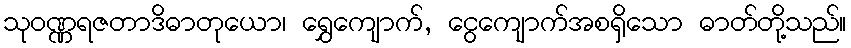
သုဝဏ္ဏရဇတာဒိဓာတုယော၊ ရွှေကျောက်, ငွေကျောက်အစရှိသော ဓာတ်တို့သည်။